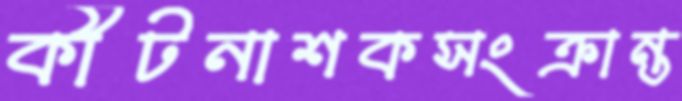
কীটনাশকসংক্রান্ত